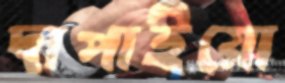
দাপাইয়ো